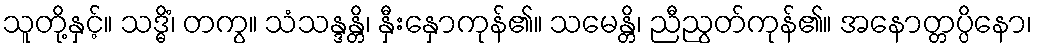
သူတို့နှင့်။ သဒ္ဓိံ၊ တကွ။ သံသန္ဒန္တိ၊ နှီးနှောကုန်၏။ သမေန္တိ၊ ညီညွတ်ကုန်၏။ အနောတ္တပ္ပိနော၊